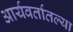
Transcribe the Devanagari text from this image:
आर्यवर्तातल्या